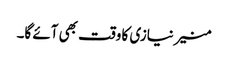
منیر نیازی کا وقت بھی آئے گا۔